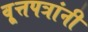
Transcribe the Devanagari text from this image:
वृ्त्तपत्रांनी